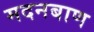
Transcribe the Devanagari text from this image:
मदनबाण